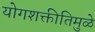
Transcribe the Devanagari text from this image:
योगशक्तीतिमुळे